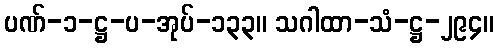
ပဏ်-၁-ဋ္ဌ-ပ-အုပ်-၁၃၃။ သဂါထာ-သံ-ဋ္ဌ-၂၉၄။